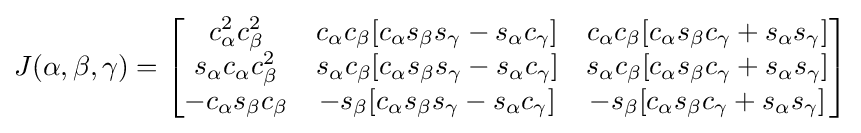
J(\alpha ,\beta ,\gamma )={\begin{bmatrix}c_{\alpha }^{2}c_{\beta }^{2}&c_{\alpha }c_{\beta }[c_{\alpha }s_{\beta }s_{\gamma }-s_{\alpha }c_{\gamma }]&c_{\alpha }c_{\beta }[c_{\alpha }s_{\beta }c_{\gamma }+s_{\alpha }s_{\gamma }]\\s_{\alpha }c_{\alpha }c_{\beta }^{2}&s_{\alpha }c_{\beta }[c_{\alpha }s_{\beta }s_{\gamma }-s_{\alpha }c_{\gamma }]&s_{\alpha }c_{\beta }[c_{\alpha }s_{\beta }c_{\gamma }+s_{\alpha }s_{\gamma }]\\-c_{\alpha }s_{\beta }c_{\beta }&-s_{\beta }[c_{\alpha }s_{\beta }s_{\gamma }-s_{\alpha }c_{\gamma }]&-s_{\beta }[c_{\alpha }s_{\beta }c_{\gamma }+s_{\alpha }s_{\gamma }]\\\end{bmatrix}}